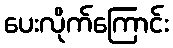
ပေးလိုက်ကြောင်း